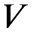
V